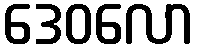
ဒေဝလော